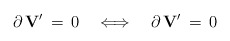
\begin{align*}\partial \, {\bf V}^\prime \, = \, 0 \quad \Longleftrightarrow \quad\partial \, {\bf V}^\prime \, = \, 0\end{align*}